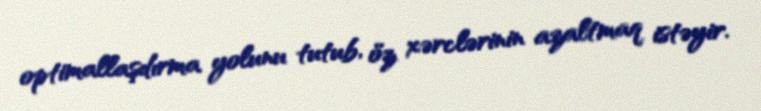
optimallaşdırma yolunu tutub, öz xərclərinin azaltmaq istəyir.